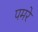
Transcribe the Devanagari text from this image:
पमरे